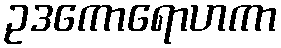
ဥဒကောရောဟကာ